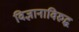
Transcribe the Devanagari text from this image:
विज्ञानाविरुद्ध